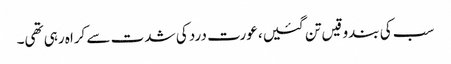
سب کی بندوقیں تن گئیں، عورت درد کی شدت سے کراہ رہی تھی۔